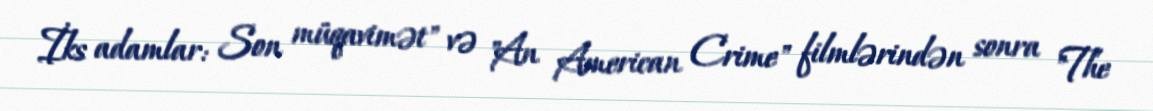
İks adamlar: Son müqavimət" və "An American Crime" filmlərindən sonra "The